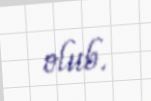
olub.